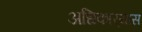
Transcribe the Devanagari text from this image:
अधिकार्‍यास